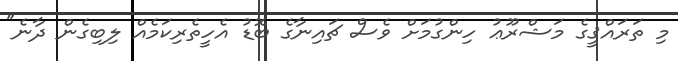
މި ތަރައްޤީގެ މަޝްރޫޢު ހިންގުމަށް ވެސް ޗައިނާގެ ބޮޑު އެހީތެރިކަމެއް ލިބިގެން ދާނެ"